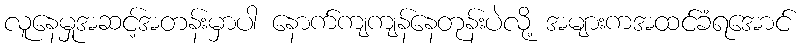
လူနေမှုအဆင့်အတန်းမှာပါ နောက်ကျကျန်နေတုန်းပဲလို့ အများကအထင်ခံရအောင်